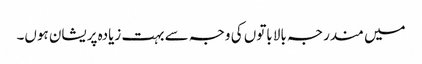
میں مندرجہ بالا باتوں کی وجہ سے بہت زیادہ پریشان ہوں۔